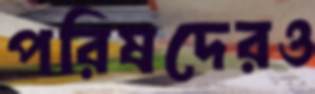
পরিষদেরও